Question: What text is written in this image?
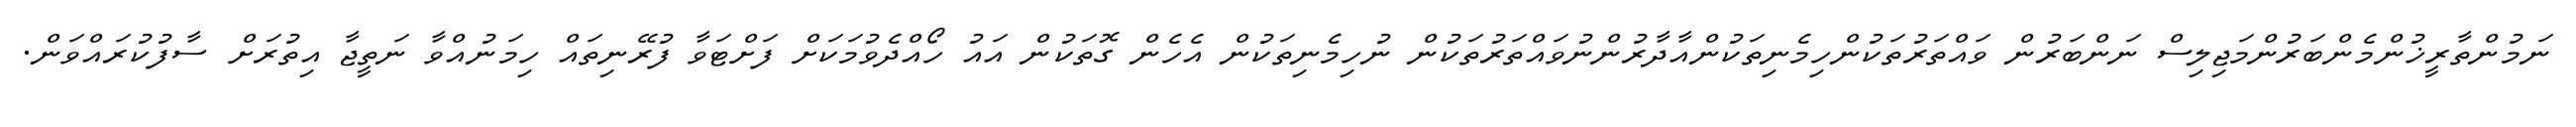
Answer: ނަމުންތާރީޚުންމެންބަރުންމަޖިލިސް ނަންބަރުން ވައްތަރުތަކުންހިމެނިތަކުންއާދާރުންނުވައްތަރުތަކުން ނުހިމެނިތަކުން އެހެން ގޮތަކުން އައު ހޯއްދެވުމަކަށް ފަށްޓަވާ ފުރޭނިތައް ހިމަނުއްވާ ނަތީޖާ އިތުރަށް ސާފުކުރައްވަން.